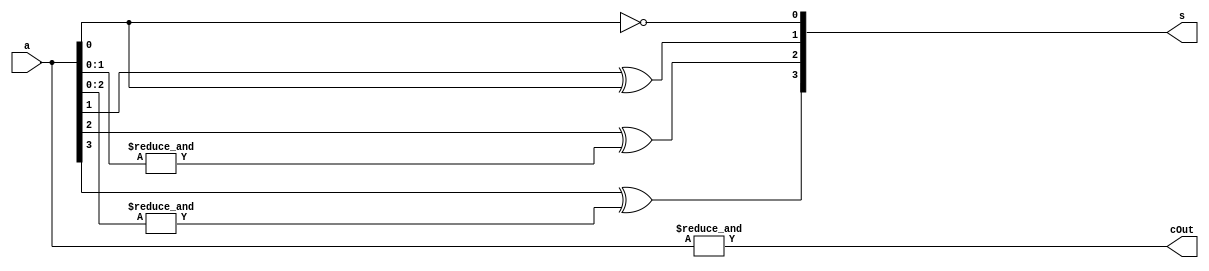
/* Modified carry look-ahead adder that only adds 1 to the input */
module incBy1#(parameter N = 4)(
    output [N - 1:0] s, // Signal equalling a + 1
    output cOut, // Output carry if rollover occurs
    input [N - 1:0] a // Input signal to be incremented
);
    // Carries
    wire [N:1] c;
    
    // The first digit is always inverted
    not(s[0], a[0]);
    
    // Connect cOut with the last signal in the carry vector
    assign cOut = c[N];
    
    genvar i;
    genvar j;
    generate
        // Compute the rest of the digits
        for(i = 1; i < N; i = i + 1) begin: sumCalculation
            xor(s[i], a[i], c[i]);
        end
        
        // Carry expression derived from carry look-ahead adder
        for(i = 1; i <= N; i = i + 1) begin: carryCalculation
            assign c[i] = (&a[i - 1:0]);
        end
    endgenerate
endmodule